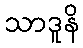
သာဒူနိ